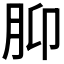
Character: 𫆗